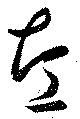
左